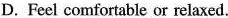
D. Feel comfortable or relaxed.